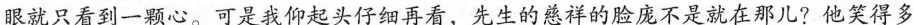
眼就只看到一颗心。可是我仰起头仔细再看，先生的慈祥的脸庞不是就在那儿?他笑得多